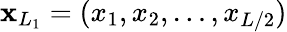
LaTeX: \mathbf{x}_{L_{1}}=(x_{1},x_{2},\dots,x_{L/2})